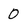
Character: 0